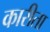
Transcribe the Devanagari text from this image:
कारीता